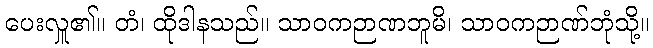
ပေးလှူ၏။ တံ၊ ထိုဒါနသည်။ သာဝကဉာဏဘူမိ၊ သာဝကဉာဏ်ဘုံသို့။